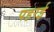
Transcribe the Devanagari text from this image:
पहरई